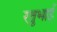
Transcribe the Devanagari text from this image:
रतुभाई